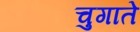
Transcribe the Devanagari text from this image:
चुगाते